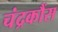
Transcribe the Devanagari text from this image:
चंद्रकौंस